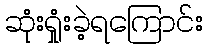
ဆုံးရှုံးခဲ့ရကြောင်း